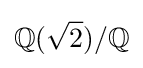
\mathbb {Q} ({\sqrt {2}})/\mathbb {Q}